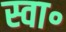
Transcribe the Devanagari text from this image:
स्वा॰